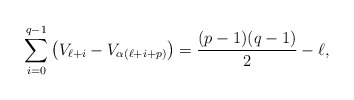
\begin{align*}\sum_{i=0}^{q-1}\left(V_{\ell+i}-V_{\alpha(\ell+i+p)}\right)=\frac{(p-1)(q-1)}{2}-\ell,\end{align*}